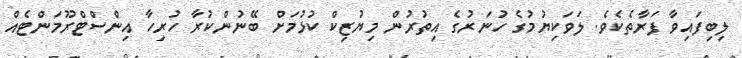
ލިބިިފައިވާ ފަރާތެކެވެ. ލަވަކިޔުމުގެ ހުނަރުގެ އިތުރުން މިޔުޒިކް ކުޅުމަށް ބޭނުންކުރާ ހުރިހާ އިންސްޓްރޫމަންޓެއް